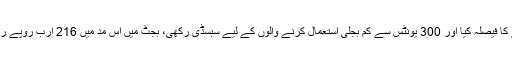
انہوں نے بتایا کہ ہم نے بجلی کی قیمتیں بڑھنے کی صورت میں کمزور طبقے کو تحفظ دینے کا فیصلہ کیا اور 300 یونٹس سے کم بجلی استعمال کرنے والوں کے لیے سبسڈی رکھی، بجٹ میں اس مد میں 216 ارب روپے رکھے جارہے ہیں تاکہ چھوٹے صارفین کو بجلی کی قیمتیں بڑھنے کی تکلیف سے بچایا جائے۔